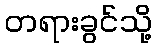
တရားခွင်သို့